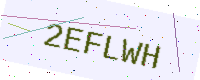
Text: 2EFLWH